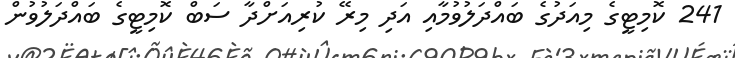
241 ކޮމިޓީގެ މިއަދުގެ ބައްދަލުވުމާއި އަދި މިރޭ ކުރިއަށްދާ ސަބް ކޮމިޓީގެ ބައްދަލުވުން